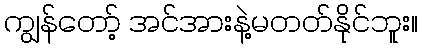
ကျွန်တော့် အင်အားနဲ့မတတ်နိုင်ဘူး။